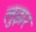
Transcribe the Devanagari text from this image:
लुझर